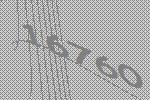
16760